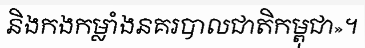
និងកងកម្លាំងនគរបាលជាតិកម្ពុជា»។